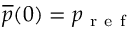
\overline { { p } } ( 0 ) = p _ { \mathrm { ~ r ~ e ~ f ~ } }